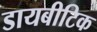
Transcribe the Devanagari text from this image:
डायबीटिक